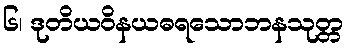
၆၊ ဒုတိယဝိနယဓရသောဘနသုတ္တ